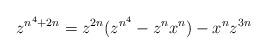
LaTeX: \begin{align*}z^{n^4+2n} = z^{2n}(z^{n^4}-z^nx^n)-x^nz^{3n}\end{align*}